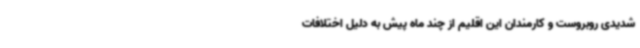
شدیدی روبروست و کارمندان این اقلیم از چند ماه پیش به دلیل اختلافات